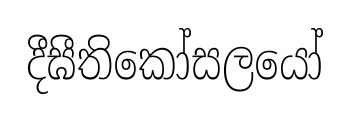
දීඝීතිකෝසලයෝ